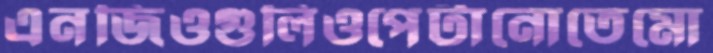
এনজিওগুলিওপেটানোতেমো